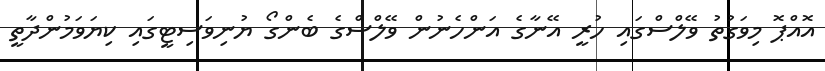
އޮއްޕޮ މިވަގުތު ވޭލްސްގައި ހުރީ އޭނާގެ އަންހެނުން ވޭލްސްގެ ބެންގޯ ޔުނިވަސިޓީގައި ކިޔަވަމުންދާތީ